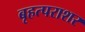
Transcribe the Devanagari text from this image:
बृहत्पराशर